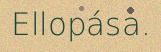
Ellopása.